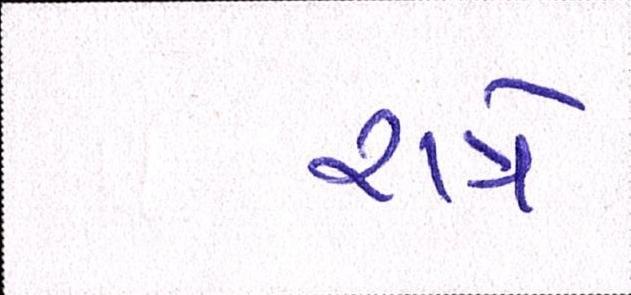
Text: રાત્રે